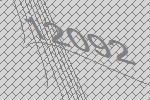
12092